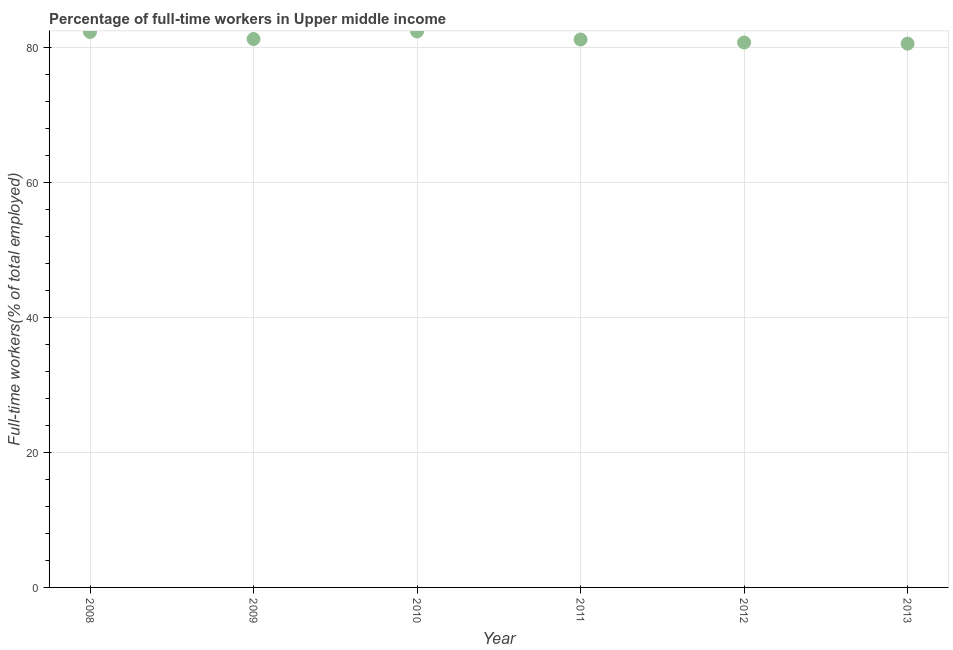
| Year | Wage and salaried workers |
 | --- | --- |
 | 2008 | 82.2 |
 | 2009 | 81.2 |
 | 2010 | 82.3 |
 | 2011 | 81.1 |
 | 2012 | 80.7 |
 | 2013 | 80.5 |